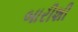
બારીશી